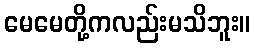
မေမေတို့ကလည်းမသိဘူး။